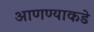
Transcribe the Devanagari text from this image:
आणण्याकडे